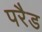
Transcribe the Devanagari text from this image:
परैड